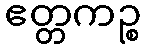
ဧတ္တကဉ္စ